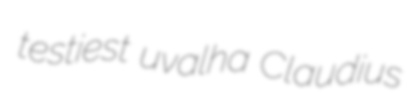
testiest uvalha Claudius